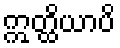
ဣတ္ထိယာပိ